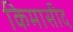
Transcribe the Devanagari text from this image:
किमासीद